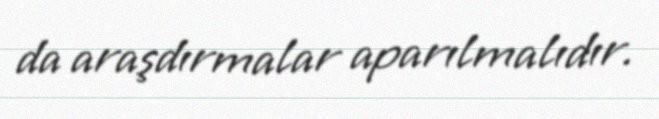
da araşdırmalar aparılmalıdır.